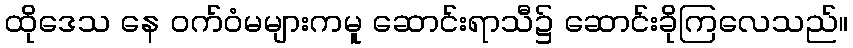
ထိုဒေသ နေ ဝက်ဝံမများကမူ ဆောင်းရာသီ၌ ဆောင်းခိုကြလေသည်။